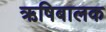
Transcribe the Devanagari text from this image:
ऋषिबालक